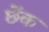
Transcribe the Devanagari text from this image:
छेंक